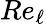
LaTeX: \textit{Re}_{\ell}